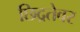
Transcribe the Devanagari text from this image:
छिद्रतेवर